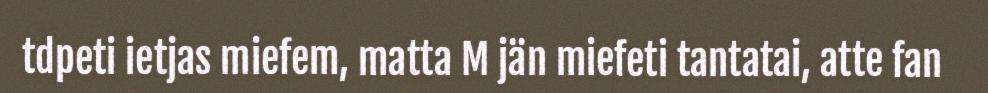
tdpeti ietjas miefem, matta M jän miefeti tantatai, atte fan